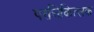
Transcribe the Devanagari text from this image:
परचिकित्सक